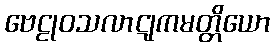
ဗေဠုဝသလာဋုကမတ္တိယော